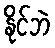
နိုင်ဘဲ